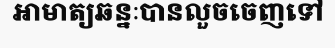
អាមាត្យឆន្នៈបានលួចចេញទៅ